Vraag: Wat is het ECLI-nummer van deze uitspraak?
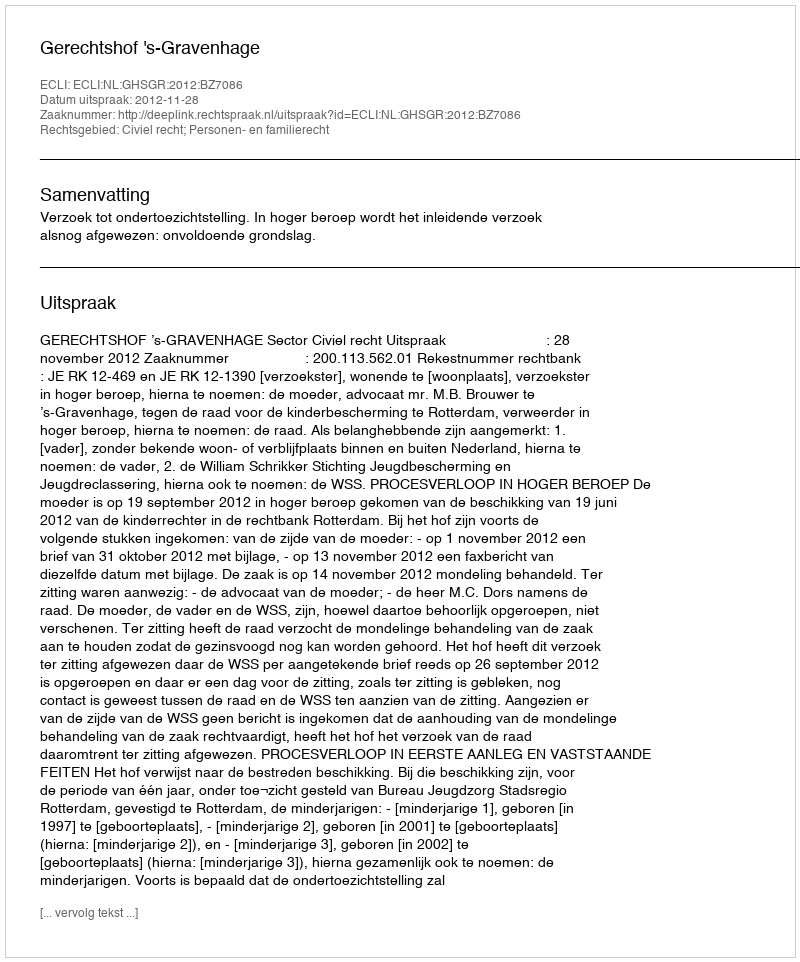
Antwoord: ECLI:NL:GHSGR:2012:BZ7086